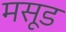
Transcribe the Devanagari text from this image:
मसूड